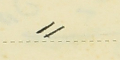
⸗